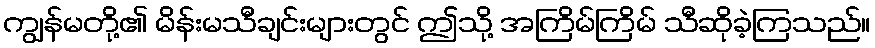
ကျွန်မတို့၏ မိန်းမသီချင်းများတွင် ဤသို့ အကြိမ်ကြိမ် သီဆိုခဲ့ကြသည်။